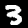
Digit: 3